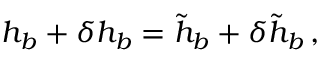
h _ { b } + \delta h _ { b } = \tilde { h } _ { b } + \delta \tilde { h } _ { b } \, ,